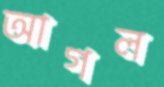
আগল